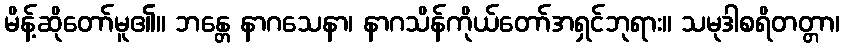
မိန့်ဆိုတော်မူ၏။ ဘန္တေ နာဂသေနာ၊ နာဂသိန်ကိုယ်တော်အရှင်ဘုရား။ သမုဒါစရိတတ္တာ၊